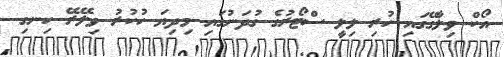
އޯކް ވިލާގޭގައި ހުރި ލިލީ ސްޓޯރުގެ ގުދަނުގައި މިދިޔަ ހުކުރު ވިލޭރޭ ހިނގި